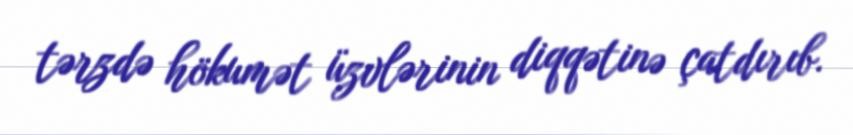
tərzdə hökumət üzvlərinin diqqətinə çatdırıb.